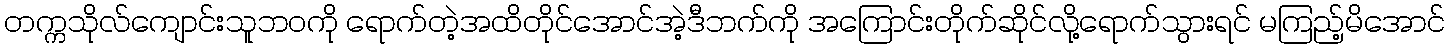
တက္ကသိုလ်ကျောင်းသူဘဝကို ရောက်တဲ့အထိတိုင်အောင်အဲ့ဒီဘက်ကို အကြောင်းတိုက်ဆိုင်လို့ရောက်သွားရင် မကြည့်မိအောင်